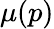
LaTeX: \mu(p)